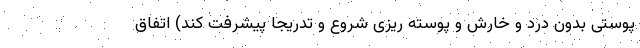
پوستی بدون درد و خارش و پوسته ریزی شروع و تدریجا پیشرفت ‌کند) اتفاق